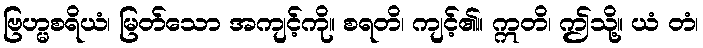
ဗြဟ္မစရိယံ၊ မြတ်သော အကျင့်ကို။ စရတိ၊ ကျင့်၏။ ဣတိ၊ ဤသို့။ ယံ တံ၊